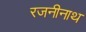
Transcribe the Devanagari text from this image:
रजनीनाथ